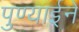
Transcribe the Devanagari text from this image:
पुण्याईने